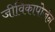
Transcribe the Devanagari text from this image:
जीविकापोर्जन